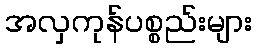
အလှကုန်ပစ္စည်းများ